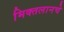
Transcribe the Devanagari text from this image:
मिक्तलानचे